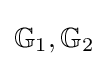
\mathbb {G} _{1},\mathbb {G} _{2}